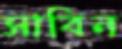
সাবিন